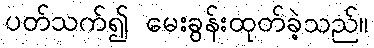
ပတ်သက်၍ မေးခွန်းထုတ်ခဲ့သည်။